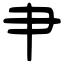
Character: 肀